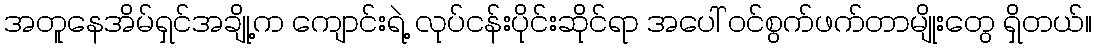
အတူနေအိမ်ရှင်အချို့က ကျောင်းရဲ့ လုပ်ငန်းပိုင်းဆိုင်ရာ အပေါ် ဝင်စွက်ဖက်တာမျိုးတွေ ရှိတယ်။